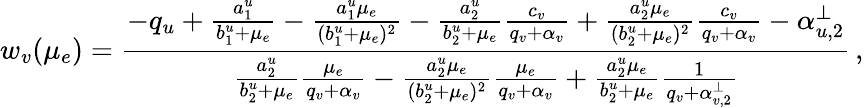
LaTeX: w_{v}(\mu_{e})=\frac{-q_{u}+\frac{a_{1}^{u}}{b_{1}^{u}+\mu_{e}}-\frac{a_{1}^{u}\mu_{e}}{(b_{1}^{u}+\mu_{e})^{2}}-\frac{a_{2}^{u}}{b_{2}^{u}+\mu_{e}}\frac{c_{v}}{q_{v}+\alpha_{v}}+\frac{a_{2}^{u}\mu_{e}}{(b_{2}^{u}+\mu_{e})^{2}}\frac{c_{v}}{q_{v}+\alpha_{v}}-\alpha_{u,2}^{\perp}}{\frac{a_{2}^{u}}{b_{2}^{u}+\mu_{e}}\frac{\mu_{e}}{q_{v}+\alpha_{v}}-\frac{a_{2}^{u}\mu_{e}}{(b_{2}^{u}+\mu_{e})^{2}}\frac{\mu_{e}}{q_{v}+\alpha_{v}}+\frac{a_{2}^{u}\mu_{e}}{b_{2}^{u}+\mu_{e}}\frac{1}{q_{v}+\alpha_{v,2}^{\perp}}}\, ,